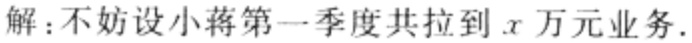
解：不妨设小蒋第一季度共拉到\(x\)万元业务.